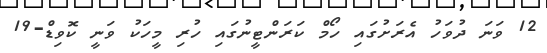
12 ވަނަ ދުވަހު އެރަށުގައި ހޯމް ކަރަންޓީނުގައި ހުރި މީހަކު ވަނީ ކޮވިޑް-19